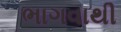
ભાગવાથી